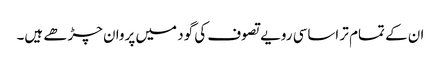
ان کے تمام تر اساسی رویے تصوف کی گود میں پروان چڑھے ہیں۔